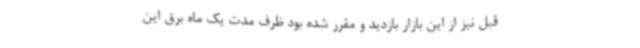
قبل نیز از این بازار بازدید و مقرر شده بود ظرف مدت یک ماه برق این